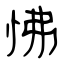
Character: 怫